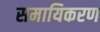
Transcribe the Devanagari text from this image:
समायिकरण